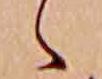
ゝ